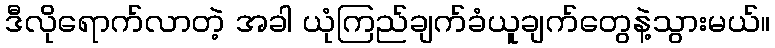
ဒီလိုရောက်လာတဲ့ အခါ ယုံကြည်ချက်ခံယူချက်တွေနဲ့သွားမယ်။